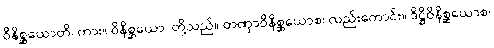
ဝိနိစ္ဆယောတိ၊ ကား။ ဝိနိစ္ဆယော၊ တို့သည်။ တဏှာဝိနိစ္ဆယောစ၊ လည်းကောင်း။ ဒိဋ္ဌိဝိနိစ္ဆယောစ၊